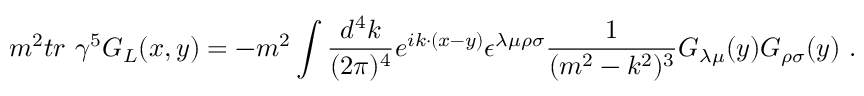
m ^ { 2 } t r \ \gamma ^ { 5 } G _ { L } ( x , y ) = - m ^ { 2 } \int \frac { d ^ { 4 } k } { ( 2 \pi ) ^ { 4 } } e ^ { i k \cdot ( x - y ) } \epsilon ^ { \lambda \mu \rho \sigma } \frac { 1 } { ( m ^ { 2 } - k ^ { 2 } ) ^ { 3 } } G _ { \lambda \mu } ( y ) G _ { \rho \sigma } ( y ) \ .